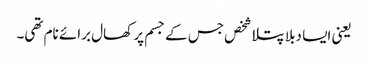
یعنی ایسا دبلا پتلا شخص جس کے جسم پر کھال برائے نام تھی۔